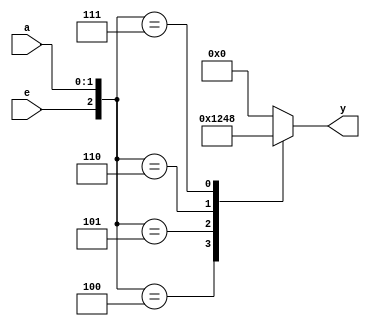
module decoder2to4(
    input e,
    input [1:0]a,
    output reg [3:0]y
);
always @(*) begin
    case ({e,a})
    3'b100: y=4'b0001;
    3'b101: y=4'b0010;
    3'b110: y=4'b0100;
    3'b111: y=4'b1000;
        default: y=4'b0000;
    endcase
end
endmodule

`timescale 1ns/1ps

module decoder2to4_tb;
reg [1:0]a;
reg e;
wire [3:0]y;
decoder2to4 uut(
.a(a),
.e(e),
.y(y)
);

initial begin

    e=0; a[1]=0; a[0]=0; #10;
    e=1; a[1]=0; a[0]=0; #10;
    e=1; a[1]=0; a[0]=1; #10;
    e=1; a[1]=1; a[0]=0; #10;
    e=1; a[1]=1; a[0]=1; #10;


end
initial begin
    $monitor (" %b %b%b %b%b%b%b \n",e,a[1],a[0],y[3],y[2],y[1],y[0]);

end
endmodule